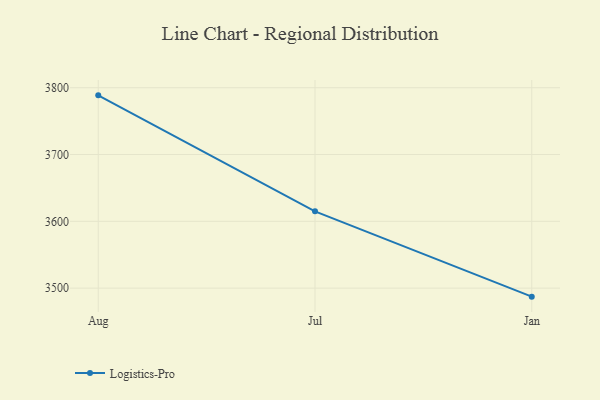
{"axis": {"x": "Month", "y": "Churn Rate (%)"}, "legend": ["Logistics-Pro"], "data": [{"x": "Aug", "y": 3788.6, "type": "Logistics-Pro"}, {"x": "Jul", "y": 3615.0, "type": "Logistics-Pro"}, {"x": "Jan", "y": 3487.3, "type": "Logistics-Pro"}]}